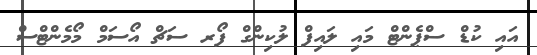
އައި ކުޑް ސްޕެންޓް މައި ލައިފް ލުކިންގް ފޯރ ސަޗް އޯސަމް މޯމެންޓްސް